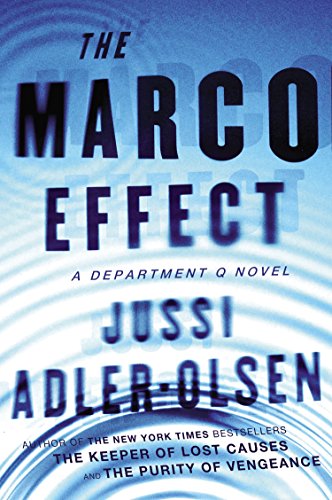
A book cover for The Marco Effect: A Department Q Novel; Jussi Adler-Olsen; Mystery, Thriller & Suspense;